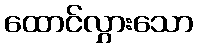
ထောင်လွှားသော